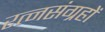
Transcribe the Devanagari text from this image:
रत्नसंग्रहों